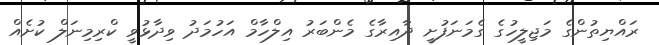
ރައްޔިތުންގެ މަޖިލީހުގެ ގެމަނަފުށީ ދާއިރާގެ މެންބަރު އިލްހާމް އަހުމަދު ވިދާޅުވީ ކްރިމިނަލް ކުށެއް